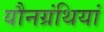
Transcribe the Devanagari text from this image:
यौनग्रंथियां